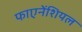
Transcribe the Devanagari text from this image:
फाएनेंशियल